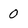
Character: 0